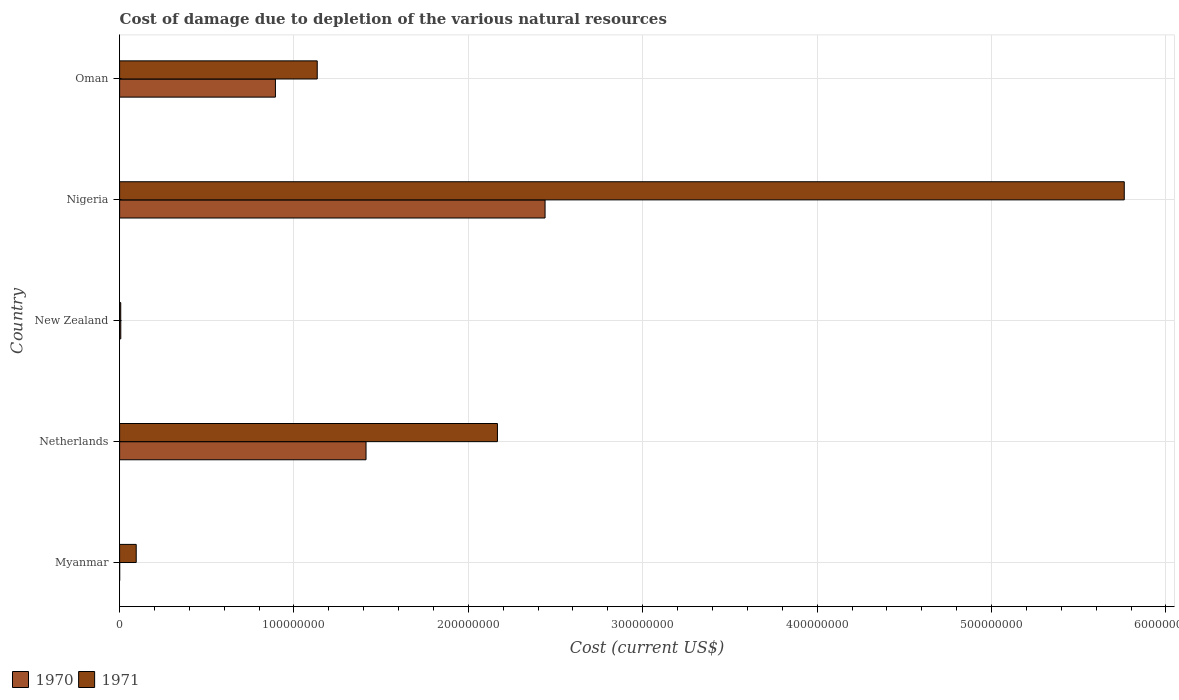
| Country | 1970 | 1971 |
 | --- | --- | --- |
 | Myanmar | 3.91e+04 | 9.53e+06 |
 | Netherlands | 1.41e+08 | 2.17e+08 |
 | New Zealand | 6.8e+05 | 6.53e+05 |
 | Nigeria | 2.44e+08 | 5.76e+08 |
 | Oman | 8.94e+07 | 1.13e+08 |